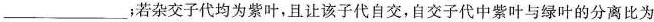
___；若杂交子代均为紫叶，且让该子代自交，自交子代中紫叶与绿叶的分离比为